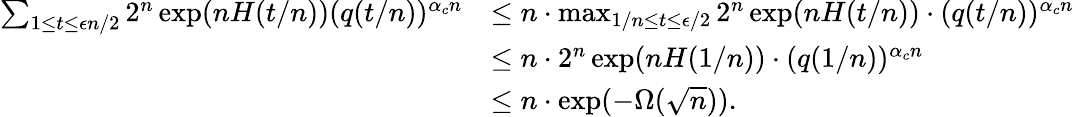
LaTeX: \begin{array}{rl}{\sum_{1\le t\le\epsilon n/2}2^{n}\exp(nH(t/n))(q(t/n))^{\alpha_{c}n}}&{\le n\cdot\operatorname*{max}_{1/n\le t\le\epsilon/2}2^{n}\exp(nH(t/n))\cdot(q(t/n))^{\alpha_{c}n}}\\ &{\le n\cdot 2^{n}\exp(nH(1/n))\cdot(q(1/n))^{\alpha_{c}n}}\\ &{\le n\cdot\exp(-\Omega(\sqrt{n})).}\end{array}